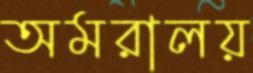
অমরালয়